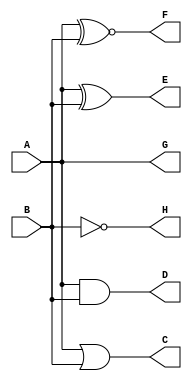
module S1A1 
	 (
		input 	A,
		input 	B,

		output 	C,
		output	D,
		output	E,
		output	F,
		output	G,
		output	H
	 );
        
		  assign C = A | B;
		  assign D = A & B;
		  assign E = A ^ B;
		  assign F = A ~^ B;
		  assign G = A;
		  assign H = !B;
    endmodule